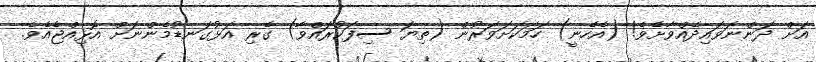
އަށް ދަންނަވައިދެއްވާށެވެ! (އެހެނީ) ހަމަކަށަވަރުން (ތިޔަ ސިފަކުރައްވާ) ގެރި އަޅުގަނޑުމެންނަށް އޮޅިއްޖެއެވެ.